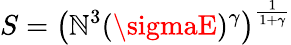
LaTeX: S=\left(\mathbb{N}^{3}(\sigmaE)^{\gamma}\right)^{\frac{{1}}{{1+\gamma}}}